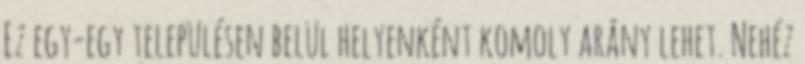
Ez egy-egy településen belül helyenként komoly arány lehet. Nehéz